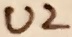
Text: U2